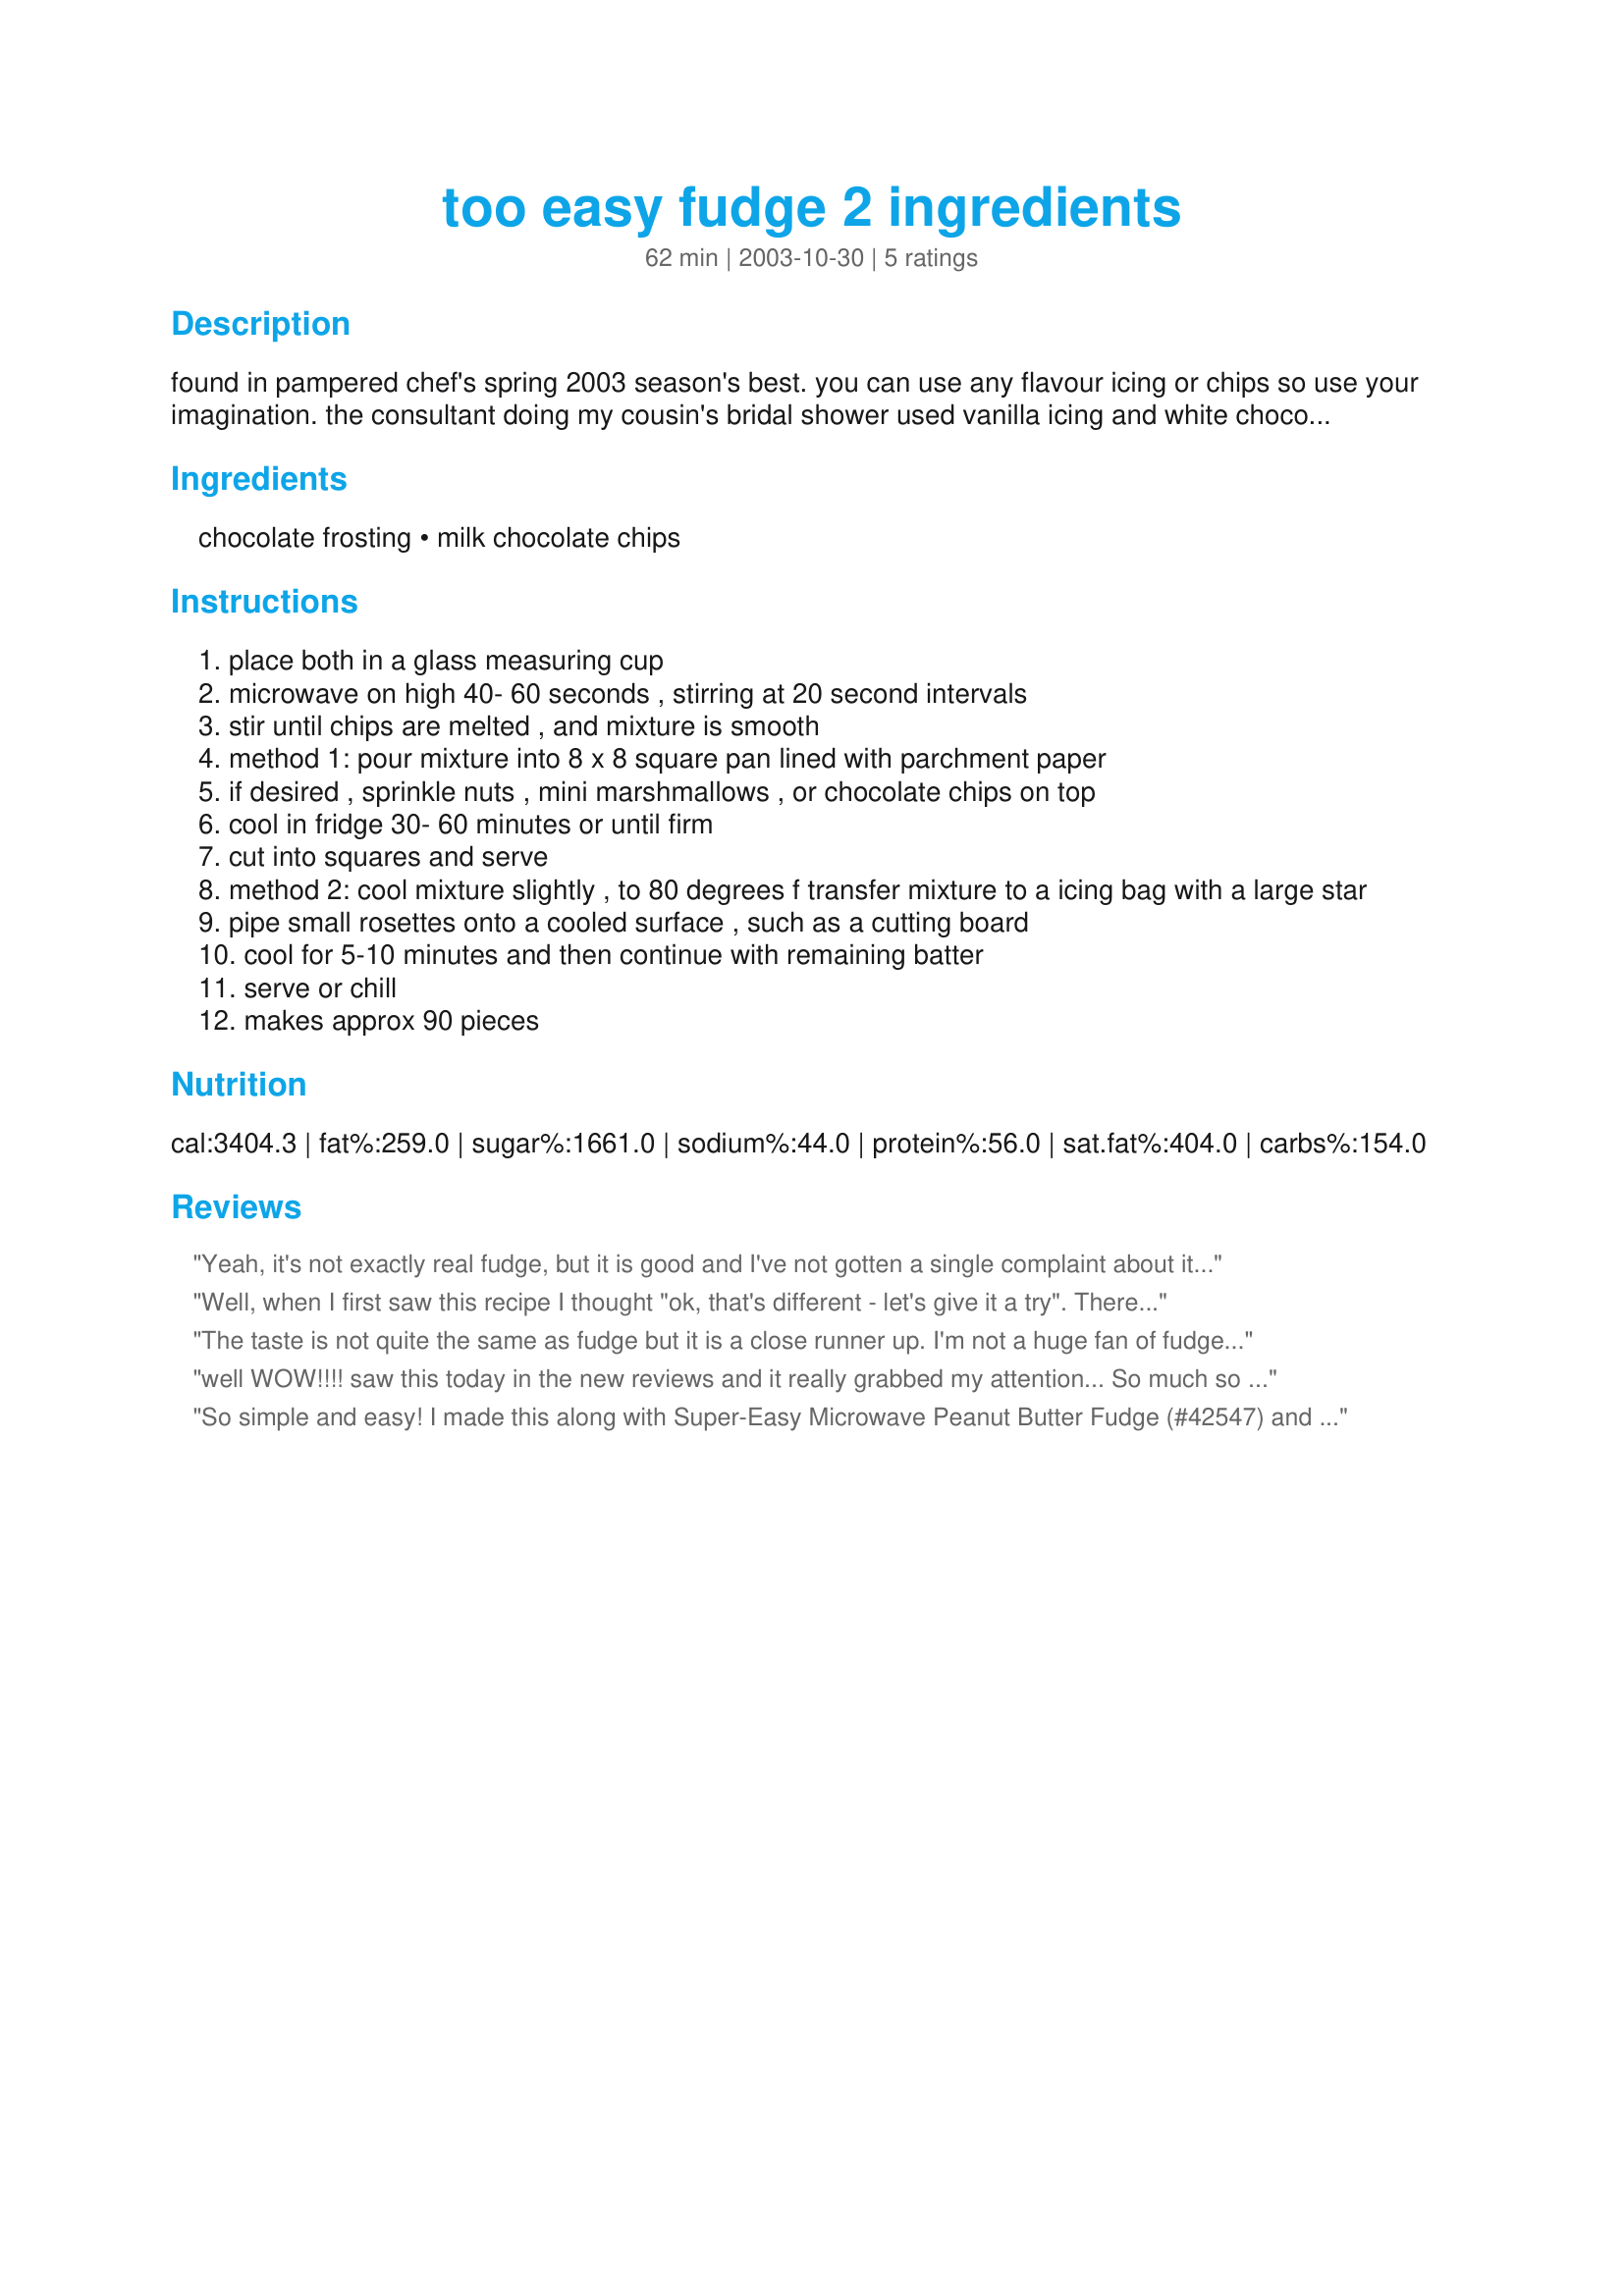
too easy fudge 2 ingredients
Preparation time: 62 minutes

found in pampered chef's spring 2003 season's best. you can use any flavour icing or chips so use your imagination. the consultant doing my cousin's bridal shower used vanilla icing and white chocolate chips-yummy! cook time is cool time

Ingredients:
chocolate frosting, milk chocolate chips

Steps:
place both in a glass measuring cup
microwave on high 40- 60 seconds , stirring at 20 second intervals
stir until chips are melted , and mixture is smooth
method 1: pour mixture into 8 x 8 square pan lined with parchment paper
if desired , sprinkle nuts , mini marshmallows , or chocolate chips on top
cool in fridge 30- 60 minutes or until firm
cut into squares and serve
method 2: cool mixture slightly , to 80 degrees f transfer mixture to a icing bag with a large star
pipe small rosettes onto a cooled surface , such as a cutting board
cool for 5-10 minutes and then continue with remaining batter
serve or chill
makes approx 90 pieces

Reviews:
Yeah, it's not exactly real fudge, but it is good and I've not gotten a single complaint about it! It never lasts long in my house! And who doesn't love frosting anyway???? Try using caramel frosting with butterscotch chips! Yum!!!
Well, when I first saw this recipe I thought "ok, that's different - let's give it a try". There are only two ingredients so it's kinda hard to screw up, but sorry this really didn't taste anything like fudge. I used the absolute best Belgian milk chocolate chips and when all was said and done it just tasted like chocolate frosting. I'm sorry to have to give this recipe only 3 stars, but it really was a let down. It just shows that shortcuts aren't always a quick and easy substitute for the real thing.
The taste is not quite the same as fudge but it is a close runner up. I'm not a huge fan of fudge but my family liked it. Thanks for the easy recipe!
well WOW!!!!

saw this today in the new reviews and it really grabbed my attention...
So much so in fact that I made it even though I didn't have either the chocolate frosting OR the chocolate chips.....
BUT 
I did have a 10 ounce bag of Nestle's swirls (milk chocolate & peanut butter mix) & a 1 pound tub of Betty crocker rich & creamy
cream cheese frosting...
yum yum yum it worked out great..
and the taste is awsome

the cook time in the microwave was right on for me which did surprise me because many times I have to adjust due to my microwave

will be making it YOUR way after a trip to the store for chocolate chips & choc frosting..

wanted something different than what I usually put together on my holliday tray...

the ideas are endless with a can of frosting and some baking chips..
might even try strawberry/cherry frosting & chocolte chips..
got to check out all the different flavors
THANK YOU!!!!
So simple and easy! I made this along with Super-Easy Microwave Peanut Butter Fudge (#42547) and layered them together for a wonderful treat!
